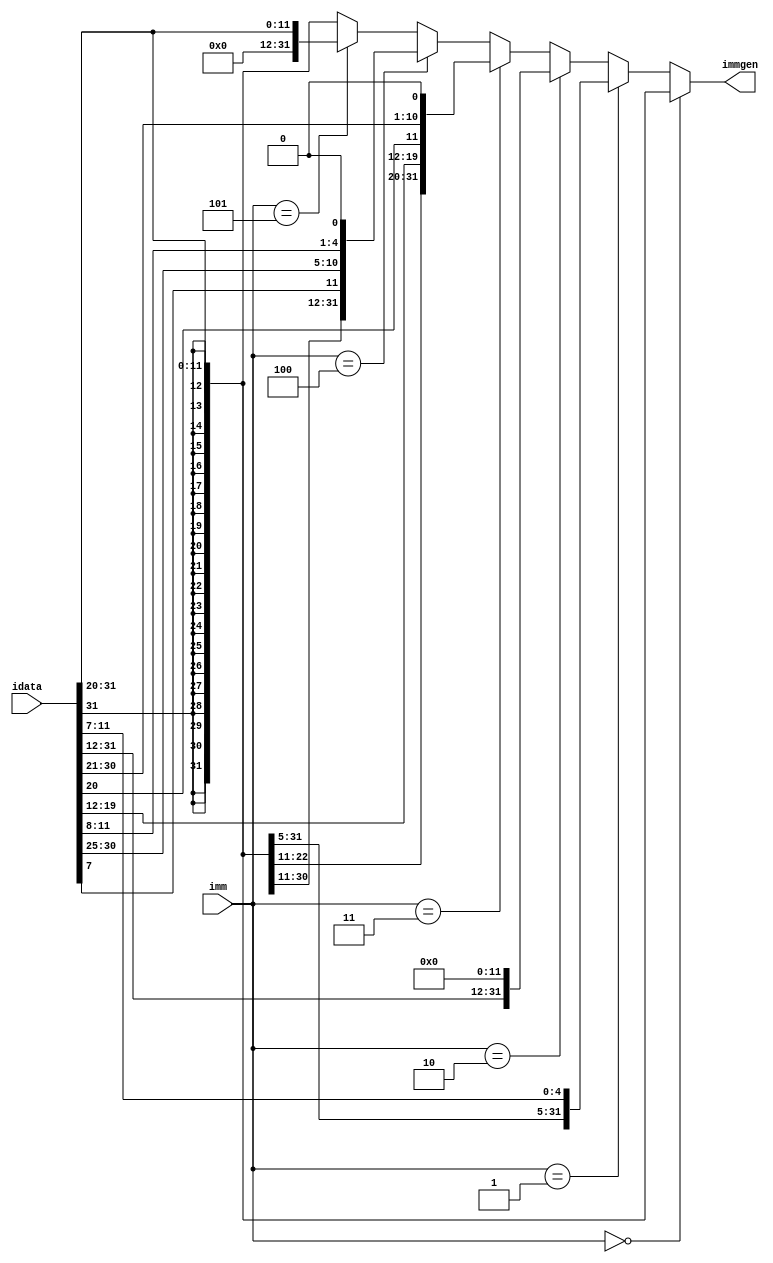
`timescale 1ns / 1ps
//////////////////////////////////////////////////////////////////////////////////
// Company: 
// Engineer: 
// 
// Design Name: 
// Module Name:    immgen 
// Project Name: 
// Target Devices: 
// Tool versions: 
// Description: 
//
// Dependencies: 
//
// Revision: 
// Revision 0.01 - File Created
// Additional Comments: 
//
//////////////////////////////////////////////////////////////////////////////////
module immgen(
    input [2:0] imm,
    input [31:0] idata,
    output [31:0] immgen
    );
	
	assign immgen = (imm == 3'b000) ? {{20{idata[31]}},idata[31:20]}: //LW JALR ALUI
						 (imm == 3'b001) ? {{20{idata[31]}},idata[31:25],idata[11:7]}: //SW
						 (imm == 3'b010) ? {idata[31:12],{12{1'b0}}}: //LUI AUIPC
						 (imm == 3'b011) ? {{12{idata[31]}}, idata[19:12], idata[20], idata[30:21], 1'b0}: //JAL
						 (imm == 3'b100) ? {{20{idata[31]}},idata[7],idata[30:25],idata[11:8],1'b0}: //BEQ
						 (imm == 3'b101) ? {{20{1'b0}},idata[31:20]} : {{20{idata[31]}},idata[31:20]}; //LU
						 

endmodule